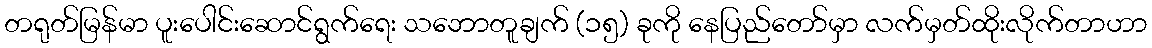
တရုတ်မြန်မာ ပူးပေါင်းဆောင်ရွက်ရေး သဘောတူချက် (၁၅) ခုကို နေပြည်တော်မှာ လက်မှတ်ထိုးလိုက်တာဟာ